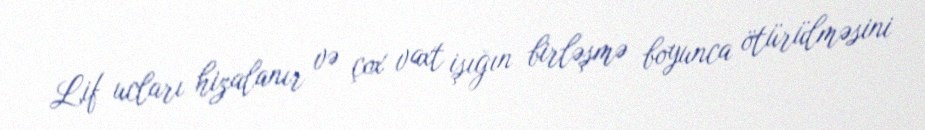
Lif ucları hizalanır və çox vaxt işığın birləşmə boyunca ötürülməsini